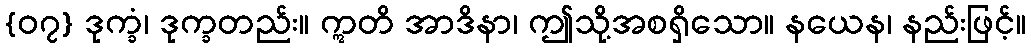
{၀၇} ဒုက္ခံ၊ ဒုက္ခတည်း။ ဣတိ အာဒိနာ၊ ဤသို့အစရှိသော။ နယေန၊ နည်းဖြင့်။